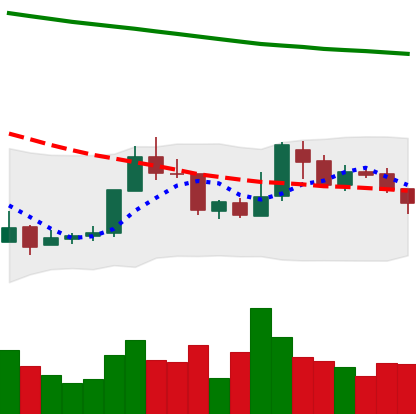
Ticker: XMR-USD
Chart end date: 2018-07-30
Forward return: -13.512%
Label: down_7plus